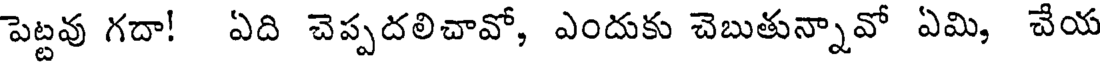
పెట్టవు గదా! ఏది చెప్పదలిచావో, ఎందుకు చెబుతున్నావో ఏమి, చేయ